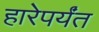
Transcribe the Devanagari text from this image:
हारेपर्यंत